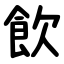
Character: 飲